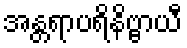
အန္တရာပရိနိဗ္ဗာယီ